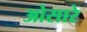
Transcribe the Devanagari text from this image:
ओसारे